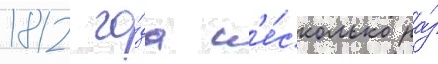
1812 го́да н'е́сколько ра́з